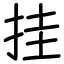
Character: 挂